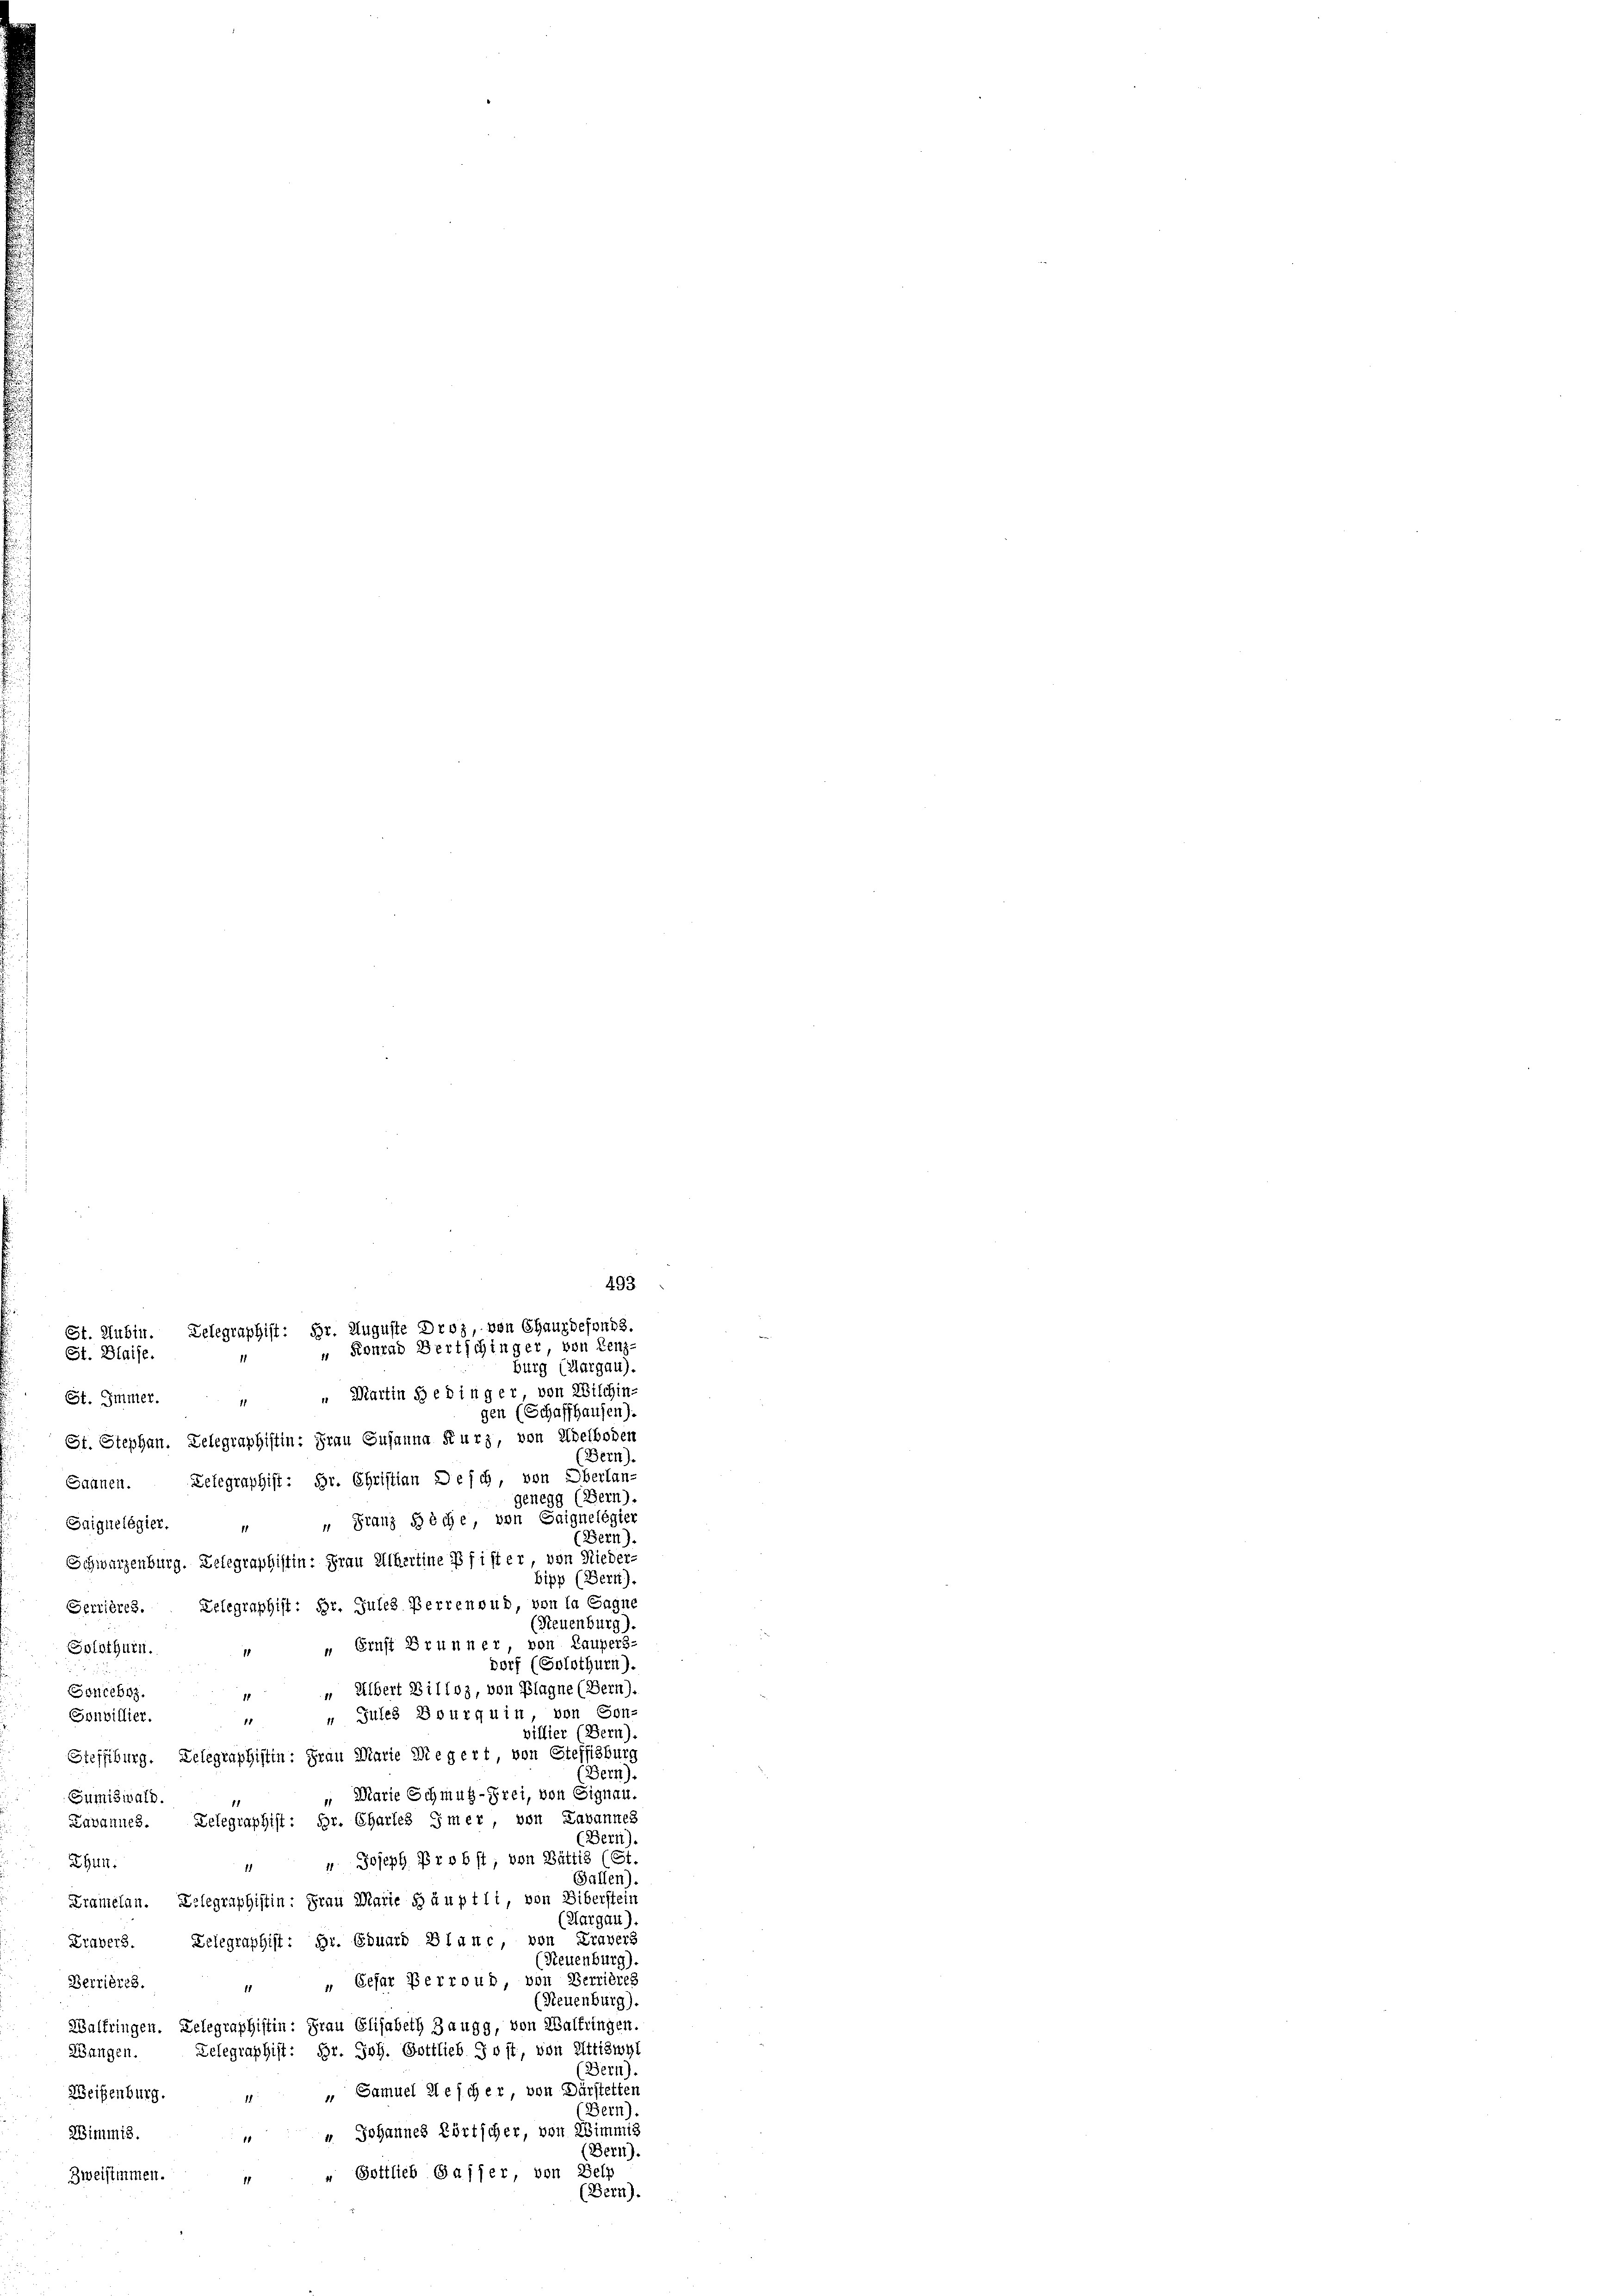
Martin Hedinger von Wischin-
St. Immer.
St. Stephan. Telegraphistin: Frau Susanna Kurz, von Adelboder
Sannen. Telegraphist: Hr. Christian Desch, von Oberlan-
Gaiguelégier. „Granz Bäche, von Saignelégier
Schwarzenburg. Telegraphistin: Frau Albertine Pfister von Nieder-
Gerrières. Telegraphist: Hr. Jules Perrenoud, von la Gagne
Solothurn. „Ernst Brunner von Laupers-
" Albert Billos, von Plagne (Bern).
Sonceboz.
1
Jules Bourquin von Son-
Sonbillier.
15
Steffiburg. Delegraphistin: Frau Marie Megert von Steffisburg
“ Marie Schmug-Frei, von Signau.
Sumiswald.
Telegraphist: Hr. Chartes imer von Lavannes
avannes.
 " Joseph Probst, von Bättis (St.
Zhun.
Kramelan. Delegraphistin: Frau Marie Häuptli, von Ziberstein
Kravers. Gelegraphist: Hr. Eduard Blanc, von Travers
“ „ Eefar Berroud, von Verrières
Berrières.
Walbringen. Delegraphistin: Frau Elisabeth Zaugg, von Walfringen.
Telegraphist: Hr. Joh. Gottlieb Jost, von Ettiswyl
Wangen.
Weisenburg. „ „ Samuel Klescher, von Dürstetten
 " Johannes Körtscher, von Zimmig
Wimmis.
Zweisimmen. " " Gottlieb Gasser, von Selp

St. Blaise.

St. Lubin. Telegraphist: Hr. Auguste Droz, von Chauxdefonds.
" Konrad Bertschinger, von Lenz-

493

burg (Aargau).
gen (Schaffhausen).
Bern).
genegg (Bern).
(Bern).
bipp (Bern).
(Neuenburg).
dorf (Solothurn).
viffier (Bern).
Bern).
(Bern)
Gallen),
(Aargau)
(Neuenburg),
(Neuenburg).
(Bern).
(Bern)
(Bern).
(Bern).